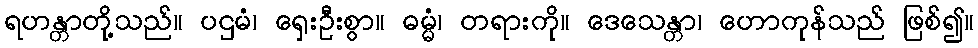
ရဟန္တာတို့သည်။ ပဌမံ၊ ရှေးဦးစွာ။ ဓမ္မံ၊ တရားကို။ ဒေသေန္တာ၊ ဟောကုန်သည် ဖြစ်၍။